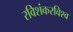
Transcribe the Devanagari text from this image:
रविशंकरविश्व